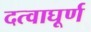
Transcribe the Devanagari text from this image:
दत्वाघूर्ण